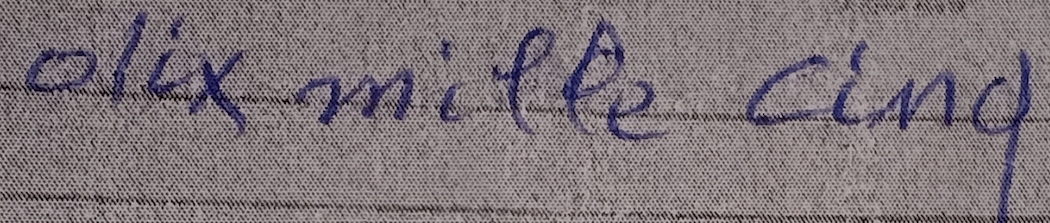
dix mille cinq